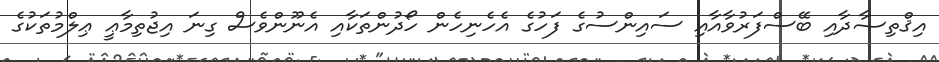
އިޤްތިޞާދާއި ބޭސްފަރުވާއާއި ސައިންސުގެ ފަހުގެ އެހެނިހެން ހޯދުންތަކާއި އެނޫންވެސް ގިނަ އިޖުތިމާޢީ ޢިލްމުތަކުގެ